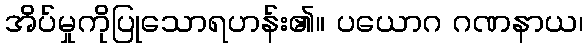
အိပ်မှုကိုပြုသောရဟန်း၏။ ပယောဂ ဂဏနာယ၊